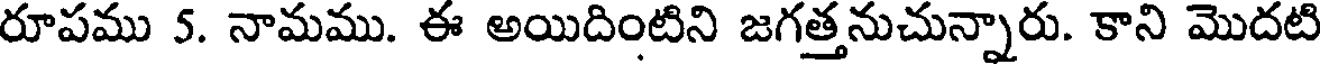
రూపము 5. నామము. ఈ అయిదింటిని జగత్తనుచున్నారు. కాని మొదటి